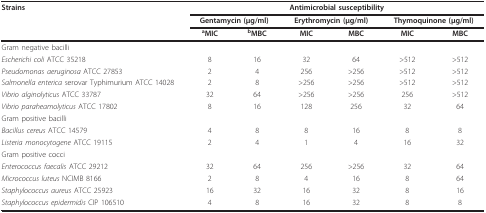
| Strains | <COLSPAN=6> Antimicrobial susceptibility |
 |  | <COLSPAN=2> Gentamycin (μg/ml) | <COLSPAN=2> Erythromycin (μg/ml) | <COLSPAN=2> Thymoquinone (μg/ml) |
 |  | aMIC | bMBC | MIC | MBC | MIC | MBC |
 | --- | --- | --- | --- | --- | --- | --- |
 | <COLSPAN=7> Gram negative bacilli |
 | Escherichi coli ATCC 35218 | 8 | 16 | 32 | 64 | >512 | >512 |
 | Pseudomonas aeruginosa ATCC 27853 | 2 | 4 | 256 | >256 | >512 | >512 |
 | Salmonella enterica serovar Typhimurium ATCC 14028 | 2 | 8 | >256 | >256 | >512 | >512 |
 | Vibrio alginolyticus ATCC 33787 | 32 | 64 | >256 | >256 | 256 | >512 |
 | Vibrio paraheamolyticus ATCC 17802 | 8 | 16 | 128 | 256 | 32 | 64 |
 | <COLSPAN=7> Gram positive bacilli |
 | Bacillus cereus ATCC 14579 | 4 | 8 | 8 | 16 | 8 | 8 |
 | Listeria monocytogene ATCC 19115 | 2 | 4 | 1 | 4 | 16 | 32 |
 | <COLSPAN=7> Gram positive cocci |
 | Enterococcus faecalis ATCC 29212 | 32 | 64 | 256 | >256 | 32 | 64 |
 | Micrococcus luteus NCIMB 8166 | 2 | 8 | 4 | 16 | 8 | 64 |
 | Staphylococcus aureus ATCC 25923 | 16 | 32 | 16 | 32 | 8 | 16 |
 | Staphylococcus epidermidis CIP 106510 | 4 | 8 | 16 | 32 | 8 | 8 |